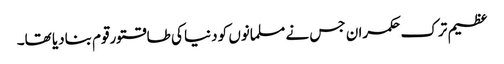
عظیم ترک حکمران جس نے مسلمانوں کو دنیا کی طاقتورقوم بنادیا تھا۔